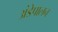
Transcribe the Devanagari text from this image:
अंडेपालन